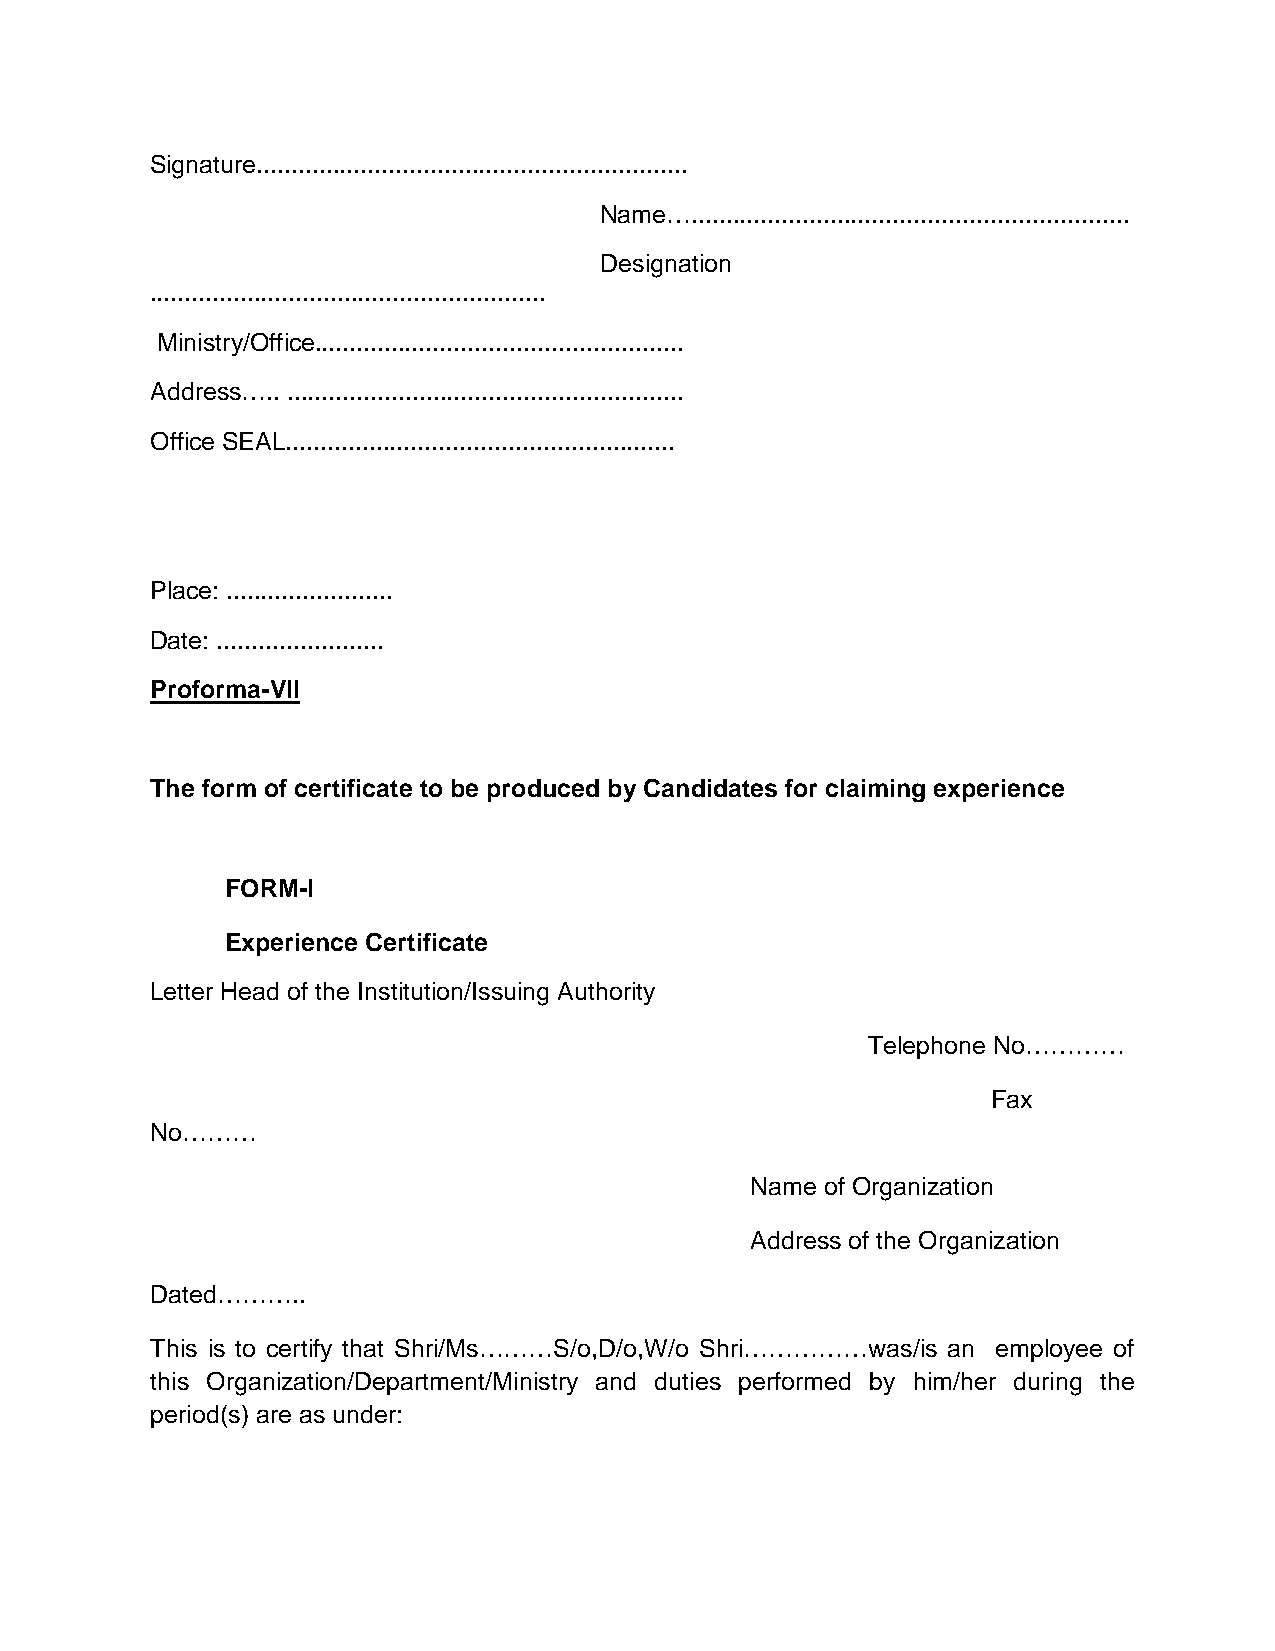
Signature..............................................................
 Name…...............................................................
 Designation
 .........................................................
 Ministry/Office.....................................................
 Address….. .........................................................
 Office SEAL........................................................
 Place: ........................
 Date: ........................
 Proforma-VII
 The form of certificate to be produced by Candidates for claiming experience
 FORM-I
 Experience Certificate
 Letter Head of the Institution/Issuing Authority
 Telephone No…………
 Fax
 No………
 Name of Organization
 Address of the Organization
 Dated………..
 This is to certify that Shri/Ms………S/o,D/o,W/o Shri……………was/is an employee of
 this Organization/Department/Ministry and duties performed by him/her during the
 period(s) are as under: